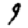
Digit: 9